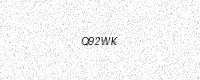
Text: Q92WK